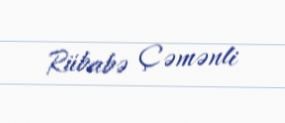
Rübabə Çəmənli